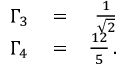
\begin{array} { r l r } { \Gamma _ { 3 } } & { { } = } & { \frac { 1 } { \sqrt { 2 } } } \\ { \Gamma _ { 4 } } & { { } = } & { \frac { 1 2 } { 5 } \, . } \end{array}